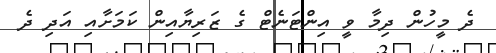
ދެ މީހުން ދިމާ ވީ އިންޓަނެޓް ގެ ޒަރިޔާއިން ކަމަށާއި އަދި ދެ